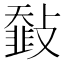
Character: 𩐅